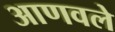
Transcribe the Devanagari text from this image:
आणवले